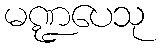
မဏ္ဍပေသု